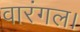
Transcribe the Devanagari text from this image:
वारंगल।